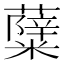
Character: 𮒷